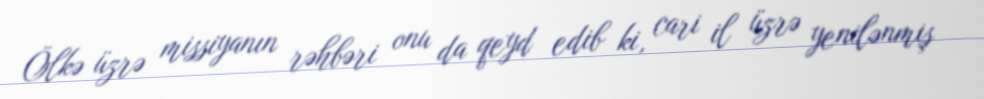
Ölkə üzrə missiyanın rəhbəri onu da qeyd edib ki, cari il üzrə yenilənmiş